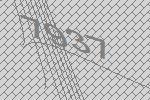
7937